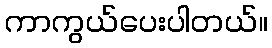
ကာကွယ်ပေးပါတယ်။